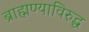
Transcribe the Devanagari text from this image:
ब्राह्मण्याविरुद्ध